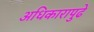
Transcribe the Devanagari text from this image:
अधिकारापुढे